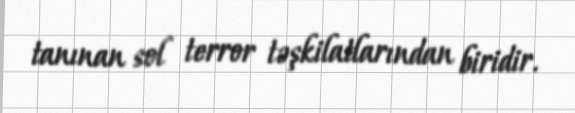
tanınan sol terror təşkilatlarından biridir.